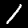
Label: 1